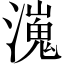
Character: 𤀖